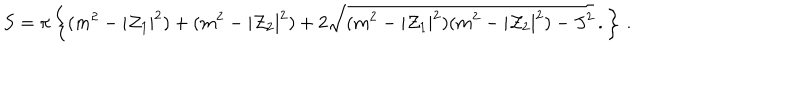
S = \pi \left\{ ( m ^ { 2 } - | { \cal Z } _ { 1 } | ^ { 2 } ) + ( m ^ { 2 } - | { \cal Z } _ { 2 } | ^ { 2 } ) + 2 \sqrt { ( m ^ { 2 } - | { \cal Z } _ { 1 } | ^ { 2 } ) ( m ^ { 2 } - | { \cal Z } _ { 2 } | ^ { 2 } ) - J ^ { 2 } } \, . \right\} \, .